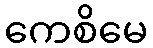
ကေစိမေ